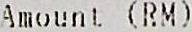
AMOUNT (RM)